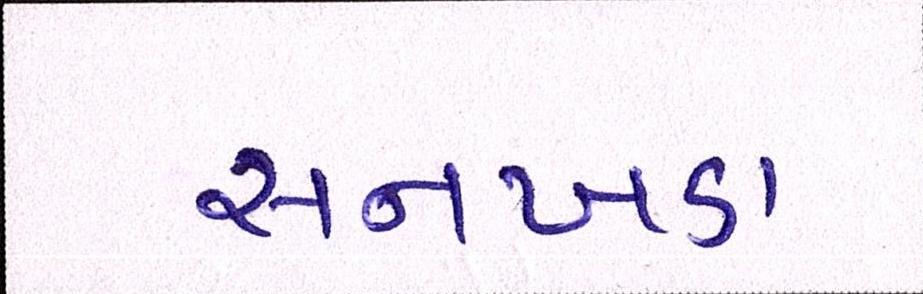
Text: સનખડા